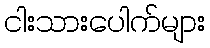
ငါးသားပေါက်များ